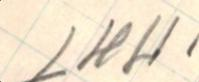
LHH.